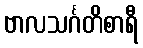
ဗာလသင်္ဂတိစာရီ